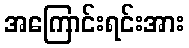
အကြောင်းရင်းအား